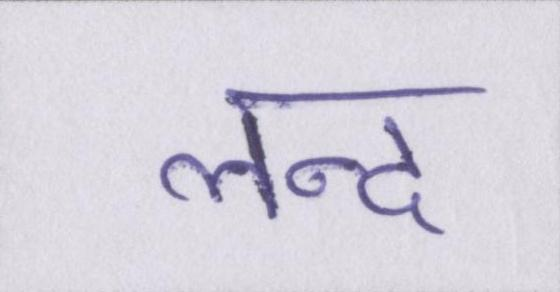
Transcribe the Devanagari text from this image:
लन्द